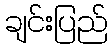
ချင်းပြည်